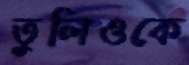
তুলিওকে